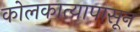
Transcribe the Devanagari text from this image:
कोलकात्यापासून